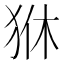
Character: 㹯